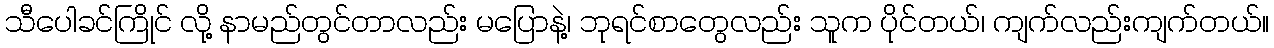
သီပေါခင်ကြိုင် လို့ နာမည်တွင်တာလည်း မပြောနဲ့၊ ဘုရင်စာတွေလည်း သူက ပိုင်တယ်၊ ကျက်လည်းကျက်တယ်။